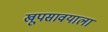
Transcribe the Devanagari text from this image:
खूपसावयाला